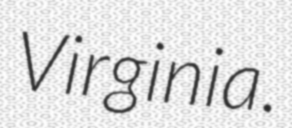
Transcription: Virginia.